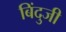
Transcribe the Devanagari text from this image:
बिंदुजी